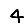
Digit: 4